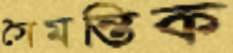
সৈমন্তিক